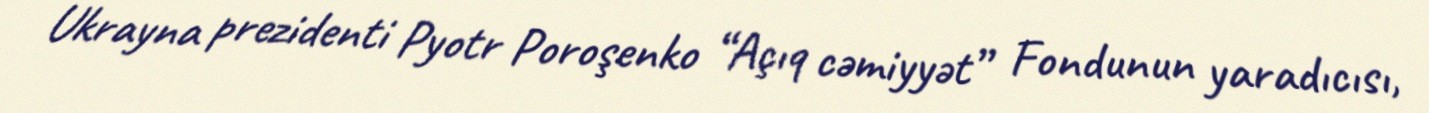
Ukrayna prezidenti Pyotr Poroşenko “Açıq cəmiyyət” Fondunun yaradıcısı,